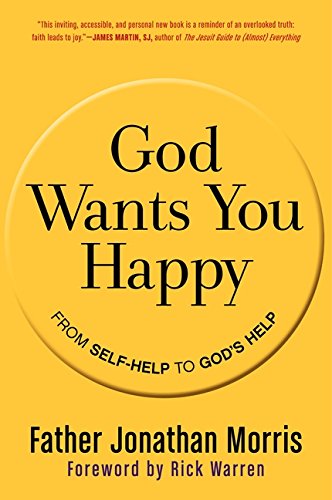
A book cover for God Wants You Happy: From Self-Help to God's Help; Jonathan Morris; Christian Books & Bibles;